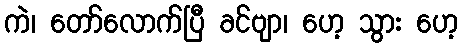
ကဲ၊ တော်လောက်ပြီ ခင်ဗျာ၊ ဟေ့ သွား ဟေ့